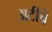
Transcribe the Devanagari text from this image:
अटींचे